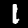
Label: 1